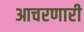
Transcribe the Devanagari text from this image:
आचरणारी